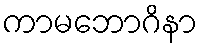
ကာမဘောဂိနာ